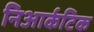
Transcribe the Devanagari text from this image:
निआर्कटिक